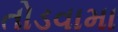
તોડવામા